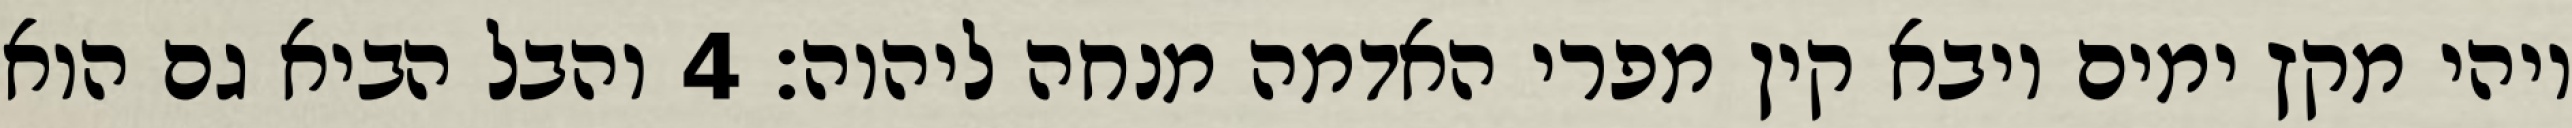
ויהי מקץ ימים ויבא קין מפרי האדמה מנחה ליהוה׃ ‎4‏ והבל הביא גם הוא